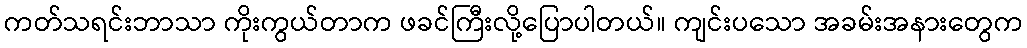
ကတ်သရင်းဘာသာ ကိုးကွယ်တာက ဖခင်ကြီးလို့ပြောပါတယ်။ ကျင်းပသော အခမ်းအနားတွေက